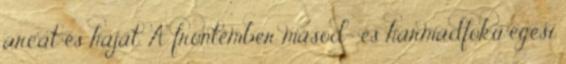
arcát és haját. A frontember másod- és harmadfokú égési